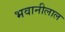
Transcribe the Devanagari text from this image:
भवानीलाल